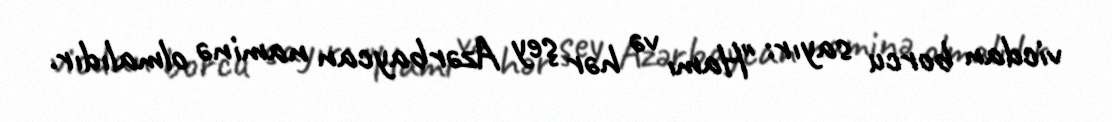
vicdan borcu sayır: "Hamı və hər şey Azərbaycan naminə olmalıdır.